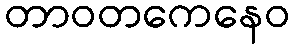
တာဝတကေနေဝ